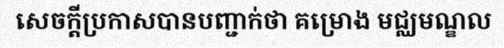
សេចក្តីប្រកាសបានបញ្ជាក់ថា គម្រោង មជ្ឈមណ្ឌល